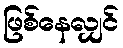
ဖြစ်နေလျှင်